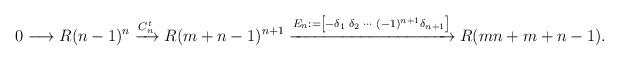
LaTeX: \begin{align*}0 \longrightarrow R(n-1)^n \xrightarrow{ C^t_n } R(m+n-1)^{n+1} \xrightarrow{E_n := \left[-\delta_1 \; \delta_2 \;\cdots \; (-1)^{n+1}\delta_{n+1}\right]} R(mn+m+n-1).\end{align*}